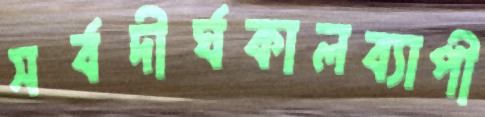
সর্বদীর্ঘকালব্যাপী